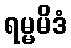
ရမ္မမိဒံ